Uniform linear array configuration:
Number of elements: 12
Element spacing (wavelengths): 0.25
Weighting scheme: blackman
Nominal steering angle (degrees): -30
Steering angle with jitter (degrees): -30.541
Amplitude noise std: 0.05
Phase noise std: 0.05

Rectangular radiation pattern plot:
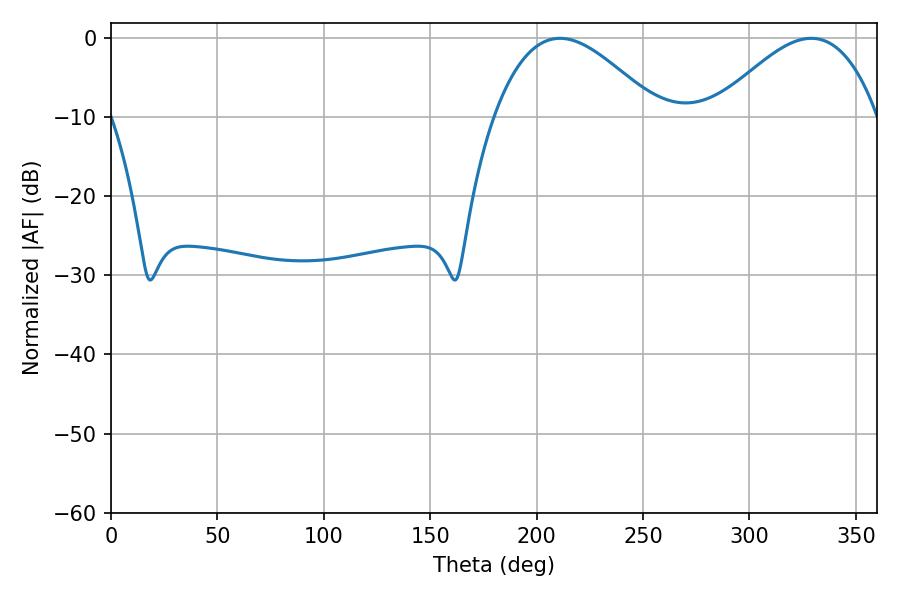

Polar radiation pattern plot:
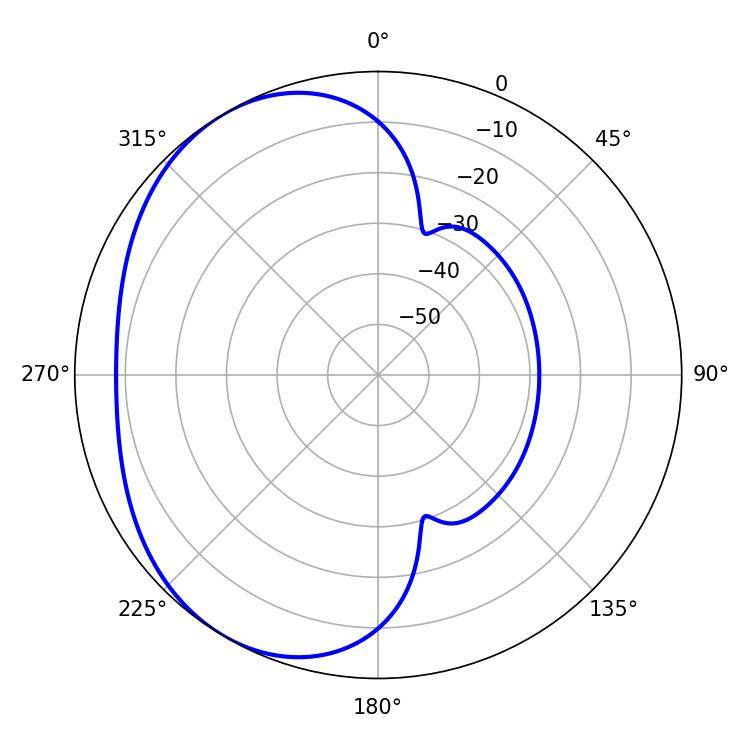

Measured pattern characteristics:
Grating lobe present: FALSE
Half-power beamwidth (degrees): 41.58
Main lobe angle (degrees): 210.96